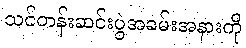
သင်တန်းဆင်းပွဲအခမ်းအနားကို